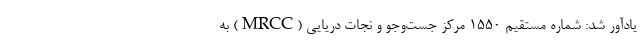
یادآور شد: شماره مستقیم ۱۵۵۰ مرکز جست‌وجو و نجات دریایی (MRCC) به